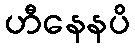
ဟီနေနပိ